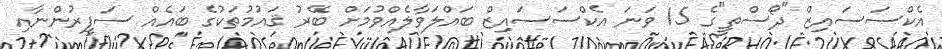
އެކްސަސައިޒް "ދޯސްތީ"ގެ 15 ވަނަ އެކްސަސައިޒް ބައްލަވާލެއްވުމަށް ބޭރު ޤައުމުތަކުގެ ބައެއް ސަފީރުންނާއި